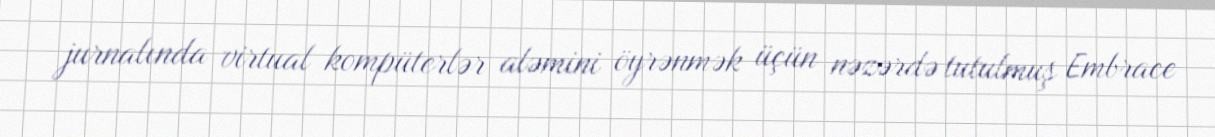
jurnalında virtual kompüterlər aləmini öyrənmək üçün nəzərdə tutulmuş Embrace